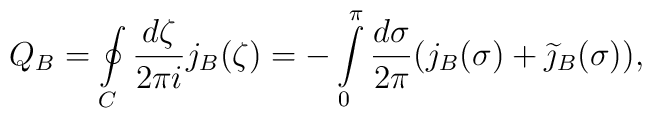
Q_B=\oint\limits_C\frac{d\zeta}{2\pi i}j_B(\zeta)=-\int\limits_0^{\pi}\frac{d\sigma}{2\pi}(j_B(\sigma)+\widetilde{\jmath}_B(\sigma)),